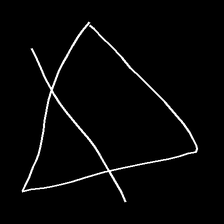
Glyph: empower